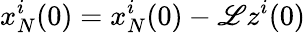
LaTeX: x_{N}^{i}(0)=x_{N}^{i}(0)-\mathscr{L}z^{i}(0)